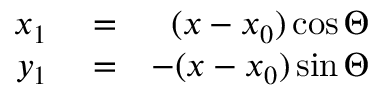
\begin{array} { r l r } { x _ { 1 } } & { { } = } & { ( x - x _ { 0 } ) \cos \Theta } \\ { y _ { 1 } } & { { } = } & { - ( x - x _ { 0 } ) \sin \Theta } \end{array}